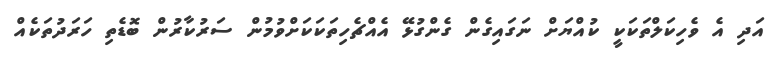
އަދި އެ ވެހިކަލްތަކަކީ ކުއްޔަށް ނަގައިގެން ގެންގުޅޭ އެއްޗެހިތަކަކަށްވުމުން ސަރުކާރުން ބޮޑެތި ހަރަދުތަކެއް